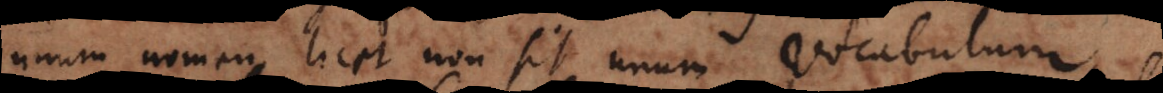
unum nomen, licet non sit unum vocabulum